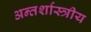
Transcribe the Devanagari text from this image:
अन्तर्शास्त्रीय